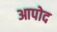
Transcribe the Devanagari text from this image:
आपोद